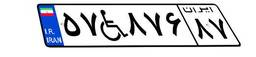
۴۵W۸۲۷۷۱